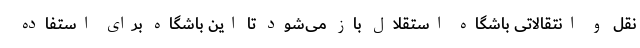
نقل و انتقالاتی باشگاه استقلال باز می‌شود تا این باشگاه برای استفاده